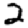
Digit: 2